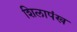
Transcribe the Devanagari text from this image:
शिलापंख